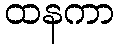
ထနကာ